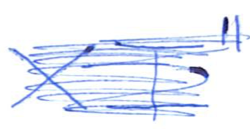
Text: XI"
Cross-out: mix
Writing tool: ballpoint